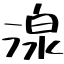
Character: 湶